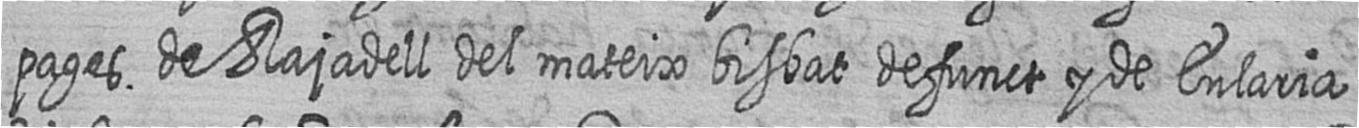
pages de Rajadell del mateix bisbat defunct y de Eularia